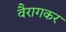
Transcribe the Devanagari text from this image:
वैरागकर